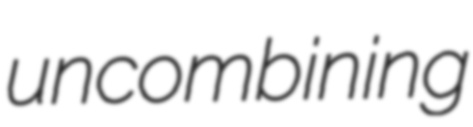
uncombining